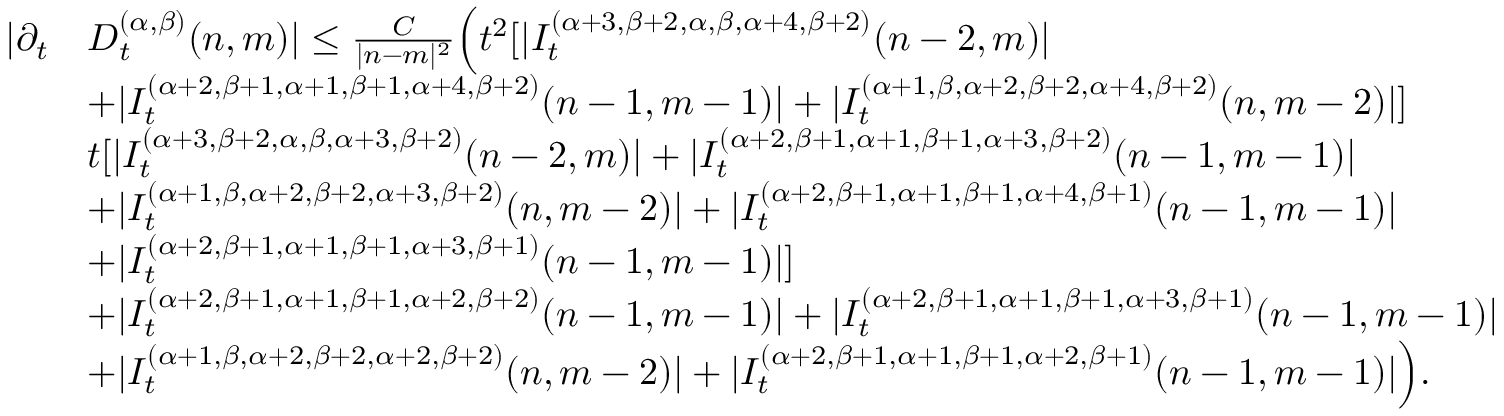
\begin{array} { r l } { | \partial _ { t } } & { D _ { t } ^ { ( \alpha , \beta ) } ( n , m ) | \le \frac { C } { | n - m | ^ { 2 } } \Big ( t ^ { 2 } [ | I _ { t } ^ { ( \alpha + 3 , \beta + 2 , \alpha , \beta , \alpha + 4 , \beta + 2 ) } { ( n - 2 , m ) } | } \\ & { + | I _ { t } ^ { ( \alpha + 2 , \beta + 1 , \alpha + 1 , \beta + 1 , \alpha + 4 , \beta + 2 ) } { ( n - 1 , m - 1 ) } | + | I _ { t } ^ { ( \alpha { + 1 } , \beta , \alpha + 2 , \beta + 2 , \alpha + 4 , \beta + 2 ) } { ( n , m - 2 ) } | ] } \\ & { t [ | I _ { t } ^ { ( \alpha + 3 , \beta + 2 , \alpha , \beta , \alpha + 3 , \beta + 2 ) } { ( n - 2 , m ) } | + | I _ { t } ^ { ( \alpha + 2 , \beta + 1 , \alpha + 1 , \beta + 1 , \alpha + 3 , \beta + 2 ) } { ( n - 1 , m - 1 ) } | } \\ & { + | I _ { t } ^ { ( \alpha + 1 , \beta , \alpha + 2 , \beta + 2 , \alpha + 3 , \beta + 2 ) } { ( n , m - 2 ) } | + | I _ { t } ^ { ( \alpha + 2 , \beta + 1 , \alpha + 1 , \beta + 1 , \alpha + 4 , \beta + 1 ) } { ( n - 1 , m - 1 ) } | } \\ & { + | I _ { t } ^ { ( \alpha + 2 , \beta + 1 , \alpha + 1 , \beta + 1 , \alpha + 3 , \beta + 1 ) } { ( n - 1 , m - 1 ) } | ] } \\ & { + | I _ { t } ^ { ( \alpha + 2 , \beta + 1 , \alpha + 1 , \beta + 1 , \alpha + 2 , \beta + 2 ) } { ( n - 1 , m - 1 ) } | + | I _ { t } ^ { ( \alpha + 2 , \beta + 1 , \alpha + 1 , \beta + 1 , \alpha + 3 , \beta + 1 ) } { ( n - 1 , m - 1 ) } | } \\ & { + | I _ { t } ^ { ( \alpha + 1 , \beta , \alpha + 2 , \beta + 2 , \alpha + 2 , \beta + 2 ) } { ( n , m - 2 ) } | + | I _ { t } ^ { ( \alpha + 2 , \beta + 1 , \alpha + 1 , \beta + 1 , \alpha + 2 , \beta + 1 ) } { ( n - 1 , m - 1 ) } | \Big ) . } \end{array}